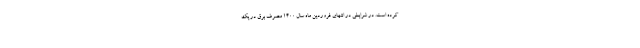
کرده است. در شرایطی در انتهای فروردین ماه سال 1400 مصرف برق در یک